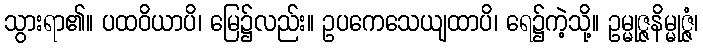
သွားရာ၏။ ပထဝိယာပိ၊ မြေ၌လည်း။ ဥပကေသေယျထာပိ၊ ရေ၌ကဲ့သို့။ ဥမ္မုဇ္ဇနိမ္မုဇ္ဇံ၊